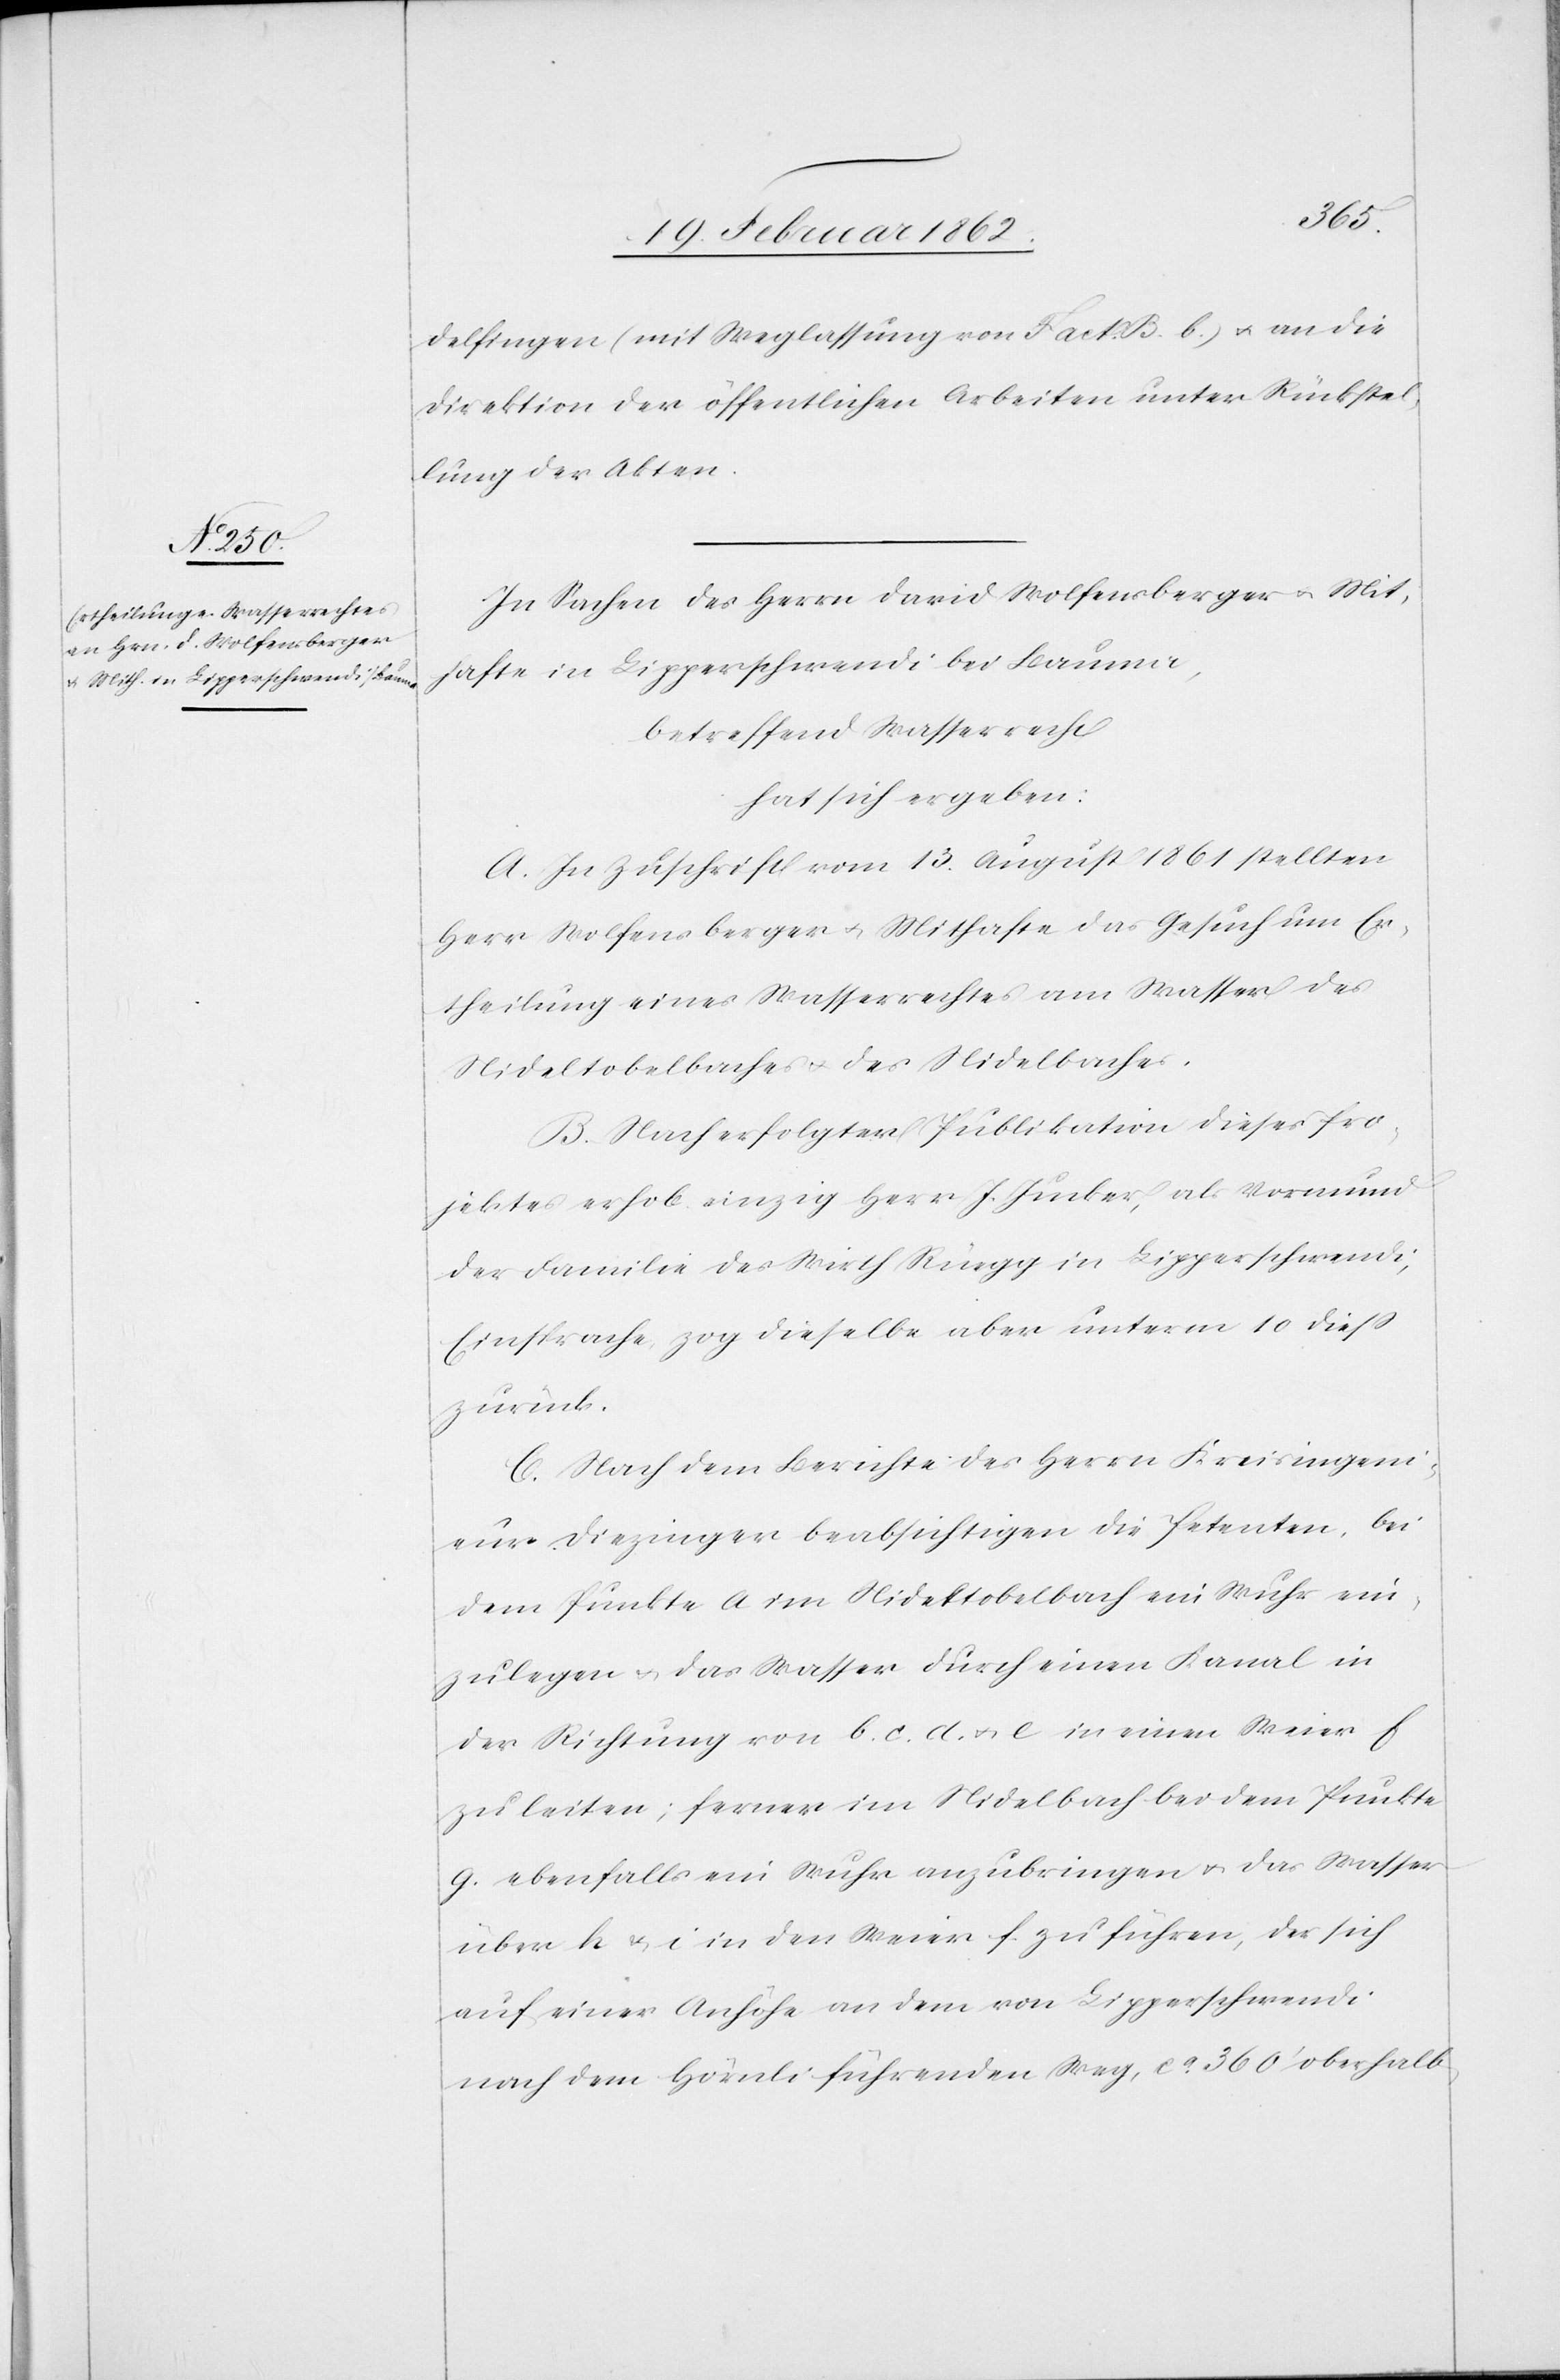
delfingen (mit Weglassung von Fact. B. b.) u. an die
Direktion der öffentlichen Arbeiten unter Rückstel¬
lung der Akten.
In Sachen des Herrn David Wolfensberger u. Mit¬
hafte in Lipperschwendi bei Bauma,
betreffend Wasserrecht
hat sich ergeben:
A. In Zuschrift vom 13. August 1861 stellten
Herr Wolfensberger u. Mithafte das Gesuch um Er¬
theilung eines Wasserrechtes am Wasser des
Nideltobelbaches u. des Nidelbaches.
B. Nach erfolgter Publikation dieses Pro¬
jektes erhob einzig Herr J. Jucker, als Vormund
der Familie des Wirth Rüegg in Lipperschwendi,
Einsprache, zog dieselbe aber unterm 10 dieß
zurück.
C. Nach dem Berichte des Herrn Kreisingeni¬
eur Diezinger beabsichtigen die Petenten, bei
dem Punkte a im Nidelbachtobel ein Wuhr ein¬
zulegen u. das Wasser durch einen Kanal in
der Richtung von b. c. d. u. e in einen Weier f
zu leiten; ferner im Nidelbach bei dem Punkte
g. ebenfalls ein Wuhr anzubringen u. das Wasser
über h & i in den Weier zu führen, der sich
auf einer Anhöhe an dem von Lipperschwendi
nach dem Hörnli führenden Weg, ca. 360’ oberhalb